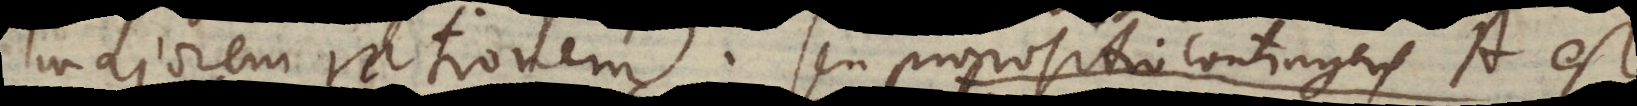
majorem rationem, seu propositio contingens A est